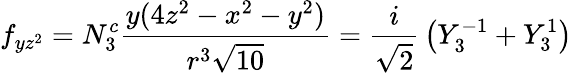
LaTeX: f_{yz^{2}}=N_{3}^{c}{\frac{y(4z^{2}-x^{2}-y^{2})}{r^{3}{\sqrt{10}}}}={\frac{i}{\sqrt{2}}}\left(Y_{3}^{-1}+Y_{3}^{1}\right)